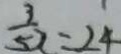
\frac { 3 } { 5 2 } = 2 4